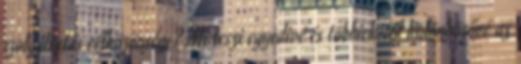
szolgáltatás célközönsége? Mi teszi egyedivé és többiekétől különbözővé az